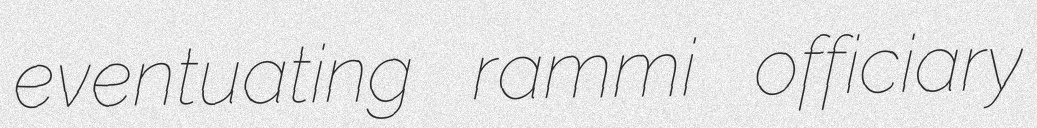
eventuating rammi officiary